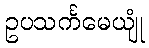
ဥပသင်္ကမေယျုံ